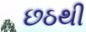
છઠથી